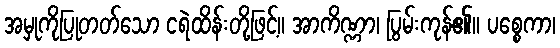
အမှုကိုပြုတတ်သော ငရဲထိန်းတို့ဖြင့်။ အာကိဏ္ဏာ၊ ပြွမ်းကုန်၏။ ပစ္စေကာ၊